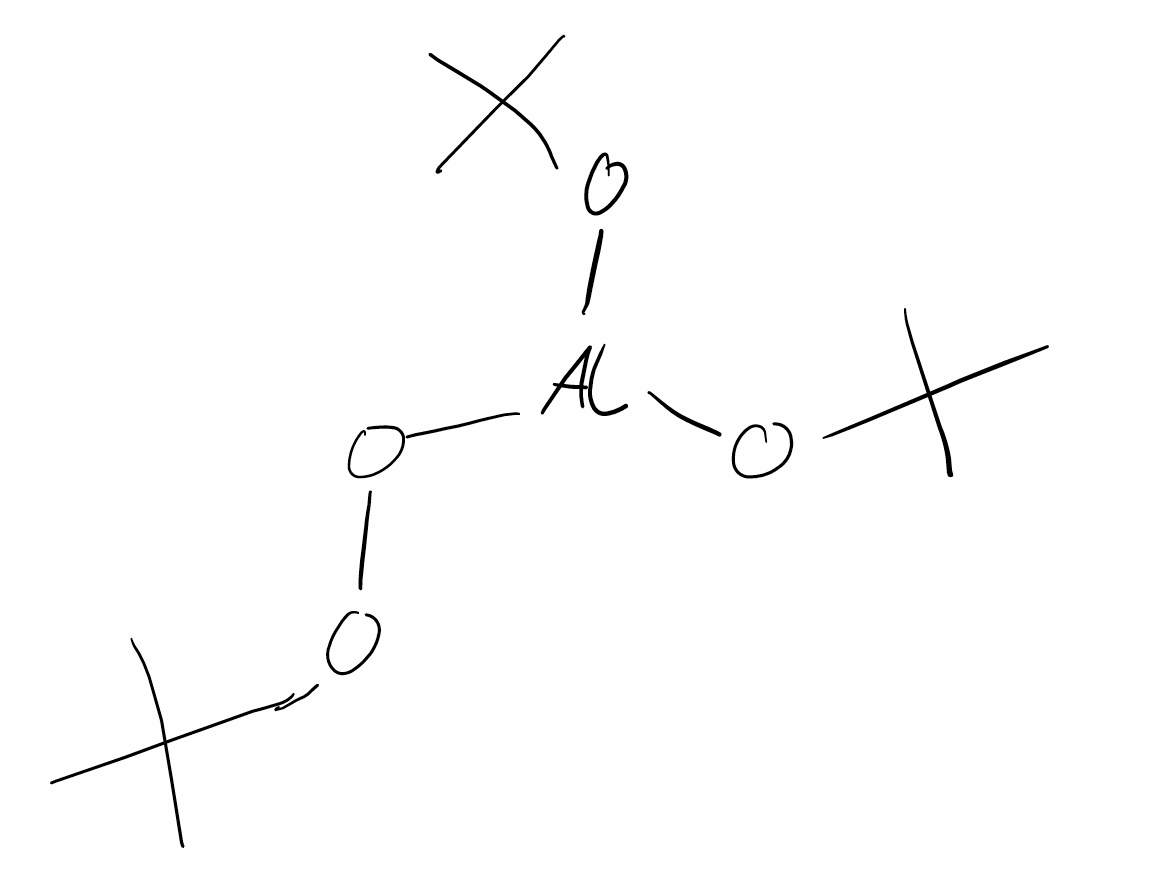
Simplified molecular-input line-entry system (SMILES) notation of the given molecule:
CC(C)(C)OO[Al](OC(C)(C)C)OC(C)(C)C